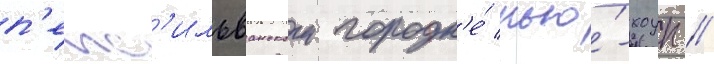
п'енс'ильванском городк'е́ нью́-хоуп //